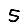
Digit: 5